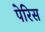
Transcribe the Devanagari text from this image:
पेरिस